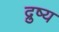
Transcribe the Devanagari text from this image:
द्रुष्य